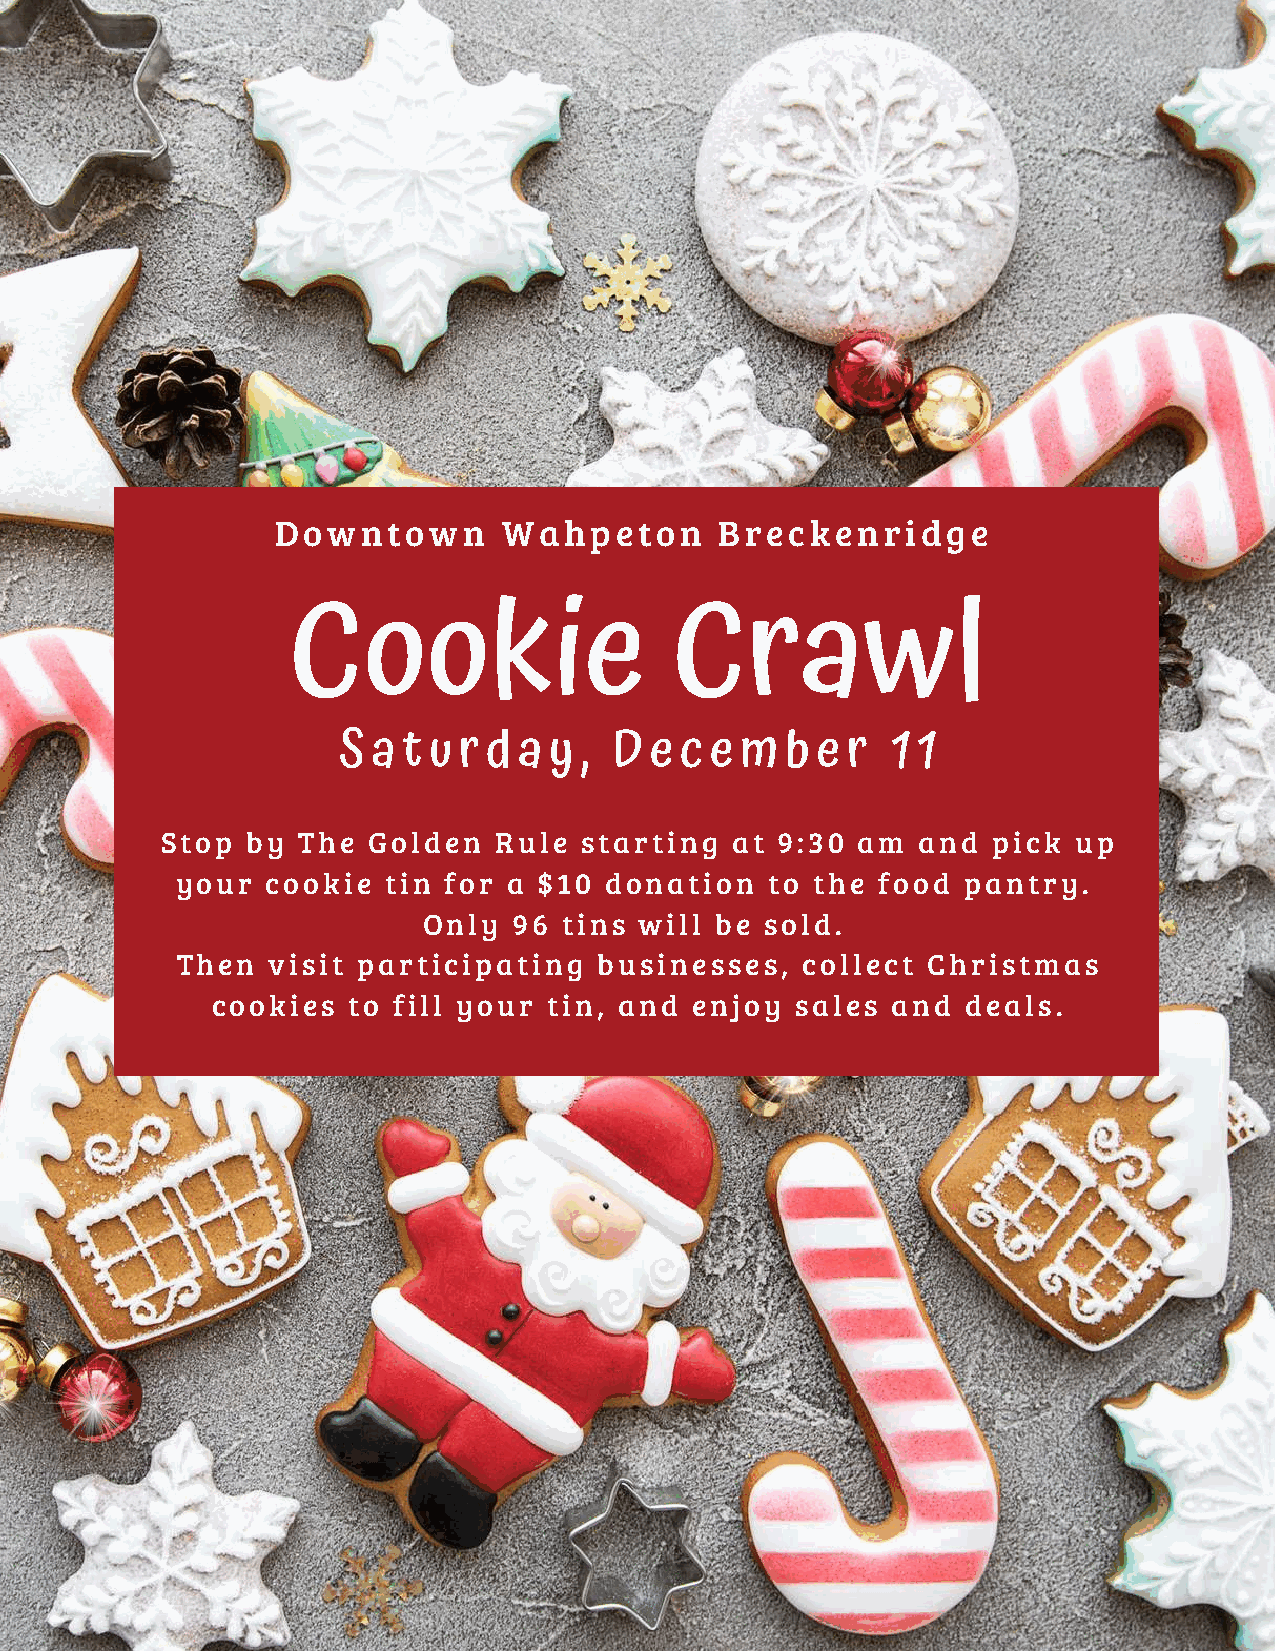
Downtown       Wahpeton       Breckenridge
 Cookie                   Crawl
 S  a t u r d a y , D e c e m  b e r  1 1
 Stop by  The Golden   Rule starting  at  9:30 am  and  pick up
 your  cookie  tin for a $10 donation   to the food  pantry.
 Only  96 tins will be  sold.
 Then  visit participating   businesses,  collect Christmas
 cookies  to fill your tin, and  enjoy  sales and  deals.